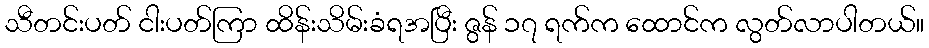
သီတင်းပတ် ငါးပတ်ကြာ ထိန်းသိမ်းခံရအပြီး ဇွန် ၁၇ ရက်က ထောင်က လွတ်လာပါတယ်။